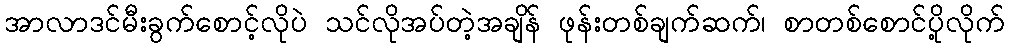
အာလာဒင်မီးခွက်စောင့်လိုပဲ သင်လိုအပ်တဲ့အချိန် ဖုန်းတစ်ချက်ဆက်၊ စာတစ်စောင်ပို့လိုက်